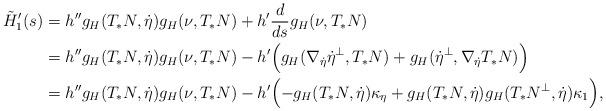
LaTeX: \begin{align*}\tilde H'_1(s)&=h''g_H(T_* N,\dot\eta)g_H(\nu,T_*N)+h'\frac{d}{ds}g_H(\nu,T_*N)\\&=h''g_H(T_* N,\dot\eta)g_H(\nu,T_*N)-h'\Bigl(g_H(\nabla_{\dot\eta}\dot\eta^\perp,T_*N)+g_H(\dot\eta^\perp,\nabla_{\dot\eta}T_*N)\Bigr)\\&=h''g_H(T_* N,\dot\eta)g_H(\nu,T_*N)-h'\Bigl(-g_H(T_*N,\dot\eta)\kappa_\eta+g_H(T_*N,\dot\eta)g_H(T_*N^\perp,\dot\eta)\kappa_1\Bigr),\end{align*}